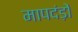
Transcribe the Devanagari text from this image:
मापदंड़ों